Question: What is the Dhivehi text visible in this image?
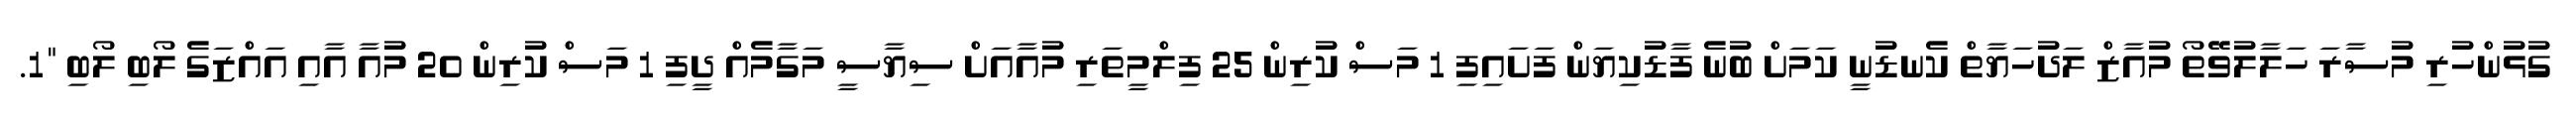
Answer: ގުޅުންހުރި މުސާރަ ހަލާލުވޭތޯ މުއާޒް ލަދުހަޔާތް ކެނޑުނީ ކަމަށް ބުނެ ފާޑުކިޔަން ފަށައިފި 1 މަސް ކުރިން 25 ފިލްމީތަރި މުއާއަށް ސިޔާސީ މަގާމެއް ދީފި 1 މަސް ކުރިން 20 މުއާ އާއި އައްޒަގެ ލޯބި ލޯބި "1.